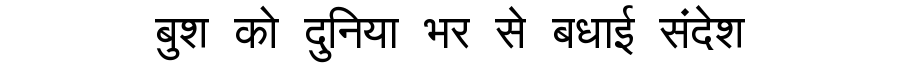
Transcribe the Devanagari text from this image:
बुश को दुनिया भर से बधाई संदेश